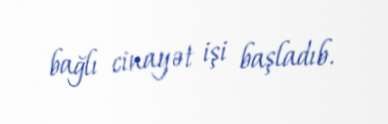
bağlı cinayət işi başladıb.